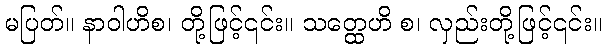
မပြတ်။ နာဝါဟိစ၊ တို့ဖြင့်၎င်း။ သတ္ထေဟိ စ၊ လှည်းတို့ဖြင့်၎င်း။